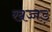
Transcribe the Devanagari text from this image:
खच्चड़